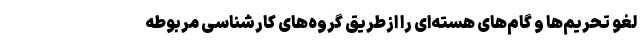
لغو تحریم‌ها و گام‌های هسته‌ای را ازطریق گروه‌های کارشناسی مربوطه